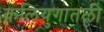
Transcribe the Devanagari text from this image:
कलियुगातली